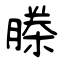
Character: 榺